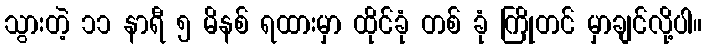
သွားတဲ့ ၁၁ နာရီ ၅ မိနစ် ရထားမှာ ထိုင်ခုံ တစ် ခုံ ကြိုတင် မှာချင်လို့ပါ။